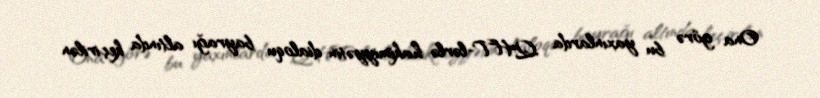
Ona görə bu yaxınlarda QHT-lərlə hakimiyyətin dialoqu bayrağı altında keçirilən